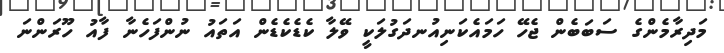
މަދިރާމެންގެ ސަބަބެން ޖެހޭ ހަމައެކަނިއުނދަގުލަކީ ވޭލާ ކެޑެކެޑެން އަތައު ނުންފަހެނާ ފާއު ހޫރަންނަ